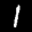
Label: 1